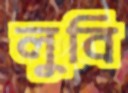
লুবি